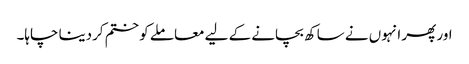
اور پھر انہوں نے ساکھ بچانے کے لیے معاملے کو ختم کردینا چاہا۔